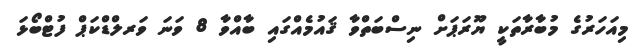
މިއަހަރުގެ މުބާރާތަކީ ޔޫރަޕަށް ނިސްބަތްވާ ޤައުމެއްގައި ބާއްވާ 8 ވަނަ ވަރލްޑްކަޕް ފުޓްބޯޅަ